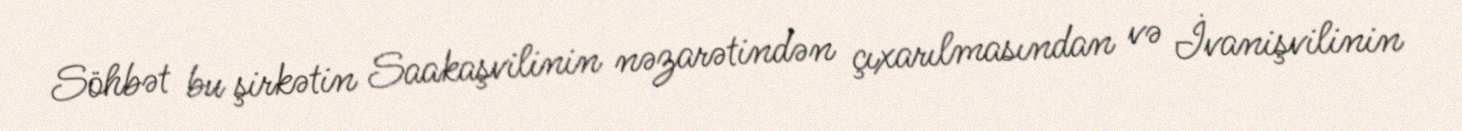
Söhbət bu şirkətin Saakaşvilinin nəzarətindən çıxarılmasından və İvanişvilinin